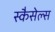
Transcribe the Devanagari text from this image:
स्कैसेल्स